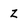
Character: Z